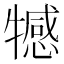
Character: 𤛸